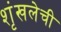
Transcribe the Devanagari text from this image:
शृंखलेची